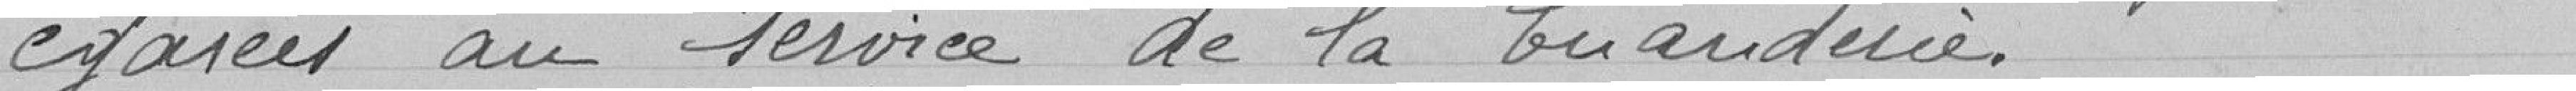
égarées par le service de la buanderie.